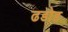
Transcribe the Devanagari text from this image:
ढडोड